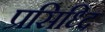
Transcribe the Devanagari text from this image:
प्रसिध्दि